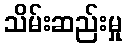
သိမ်းဆည်းမှု